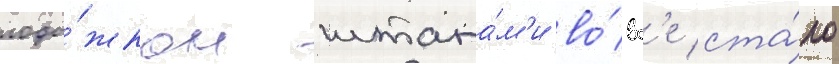
лоды́жкам штана́м'и во́вс'е ста́ло